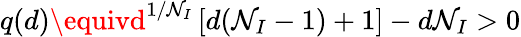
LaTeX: q(d)\equivd^{1/\mathcal{N}_{I}}\left[d(\mathcal{N}_{I}-1)+1\right]-d\mathcal{N}_{I}>0